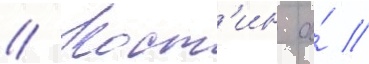
// Кост'ин а́ //